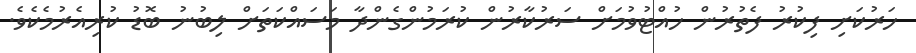
ހަރުކަށި ފިކުރު ފެތުރުން ހުއްޓުވުމަށް ސަރުކާރުން ކުރަމުންގެންދާ މަސައްކަތަށް ލިބުނު ބޮޑު ކުރިއެރުމެކެވެ.